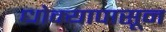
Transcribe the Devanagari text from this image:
धोक्यापासून